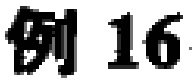
例~16